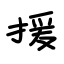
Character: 援